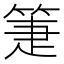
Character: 箑